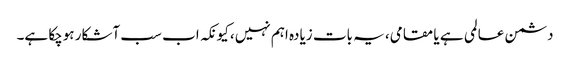
دشمن عالمی ہے یا مقامی، یہ بات زیادہ اہم نہیں، کیونکہ اب سب آشکار ہوچکا ہے۔